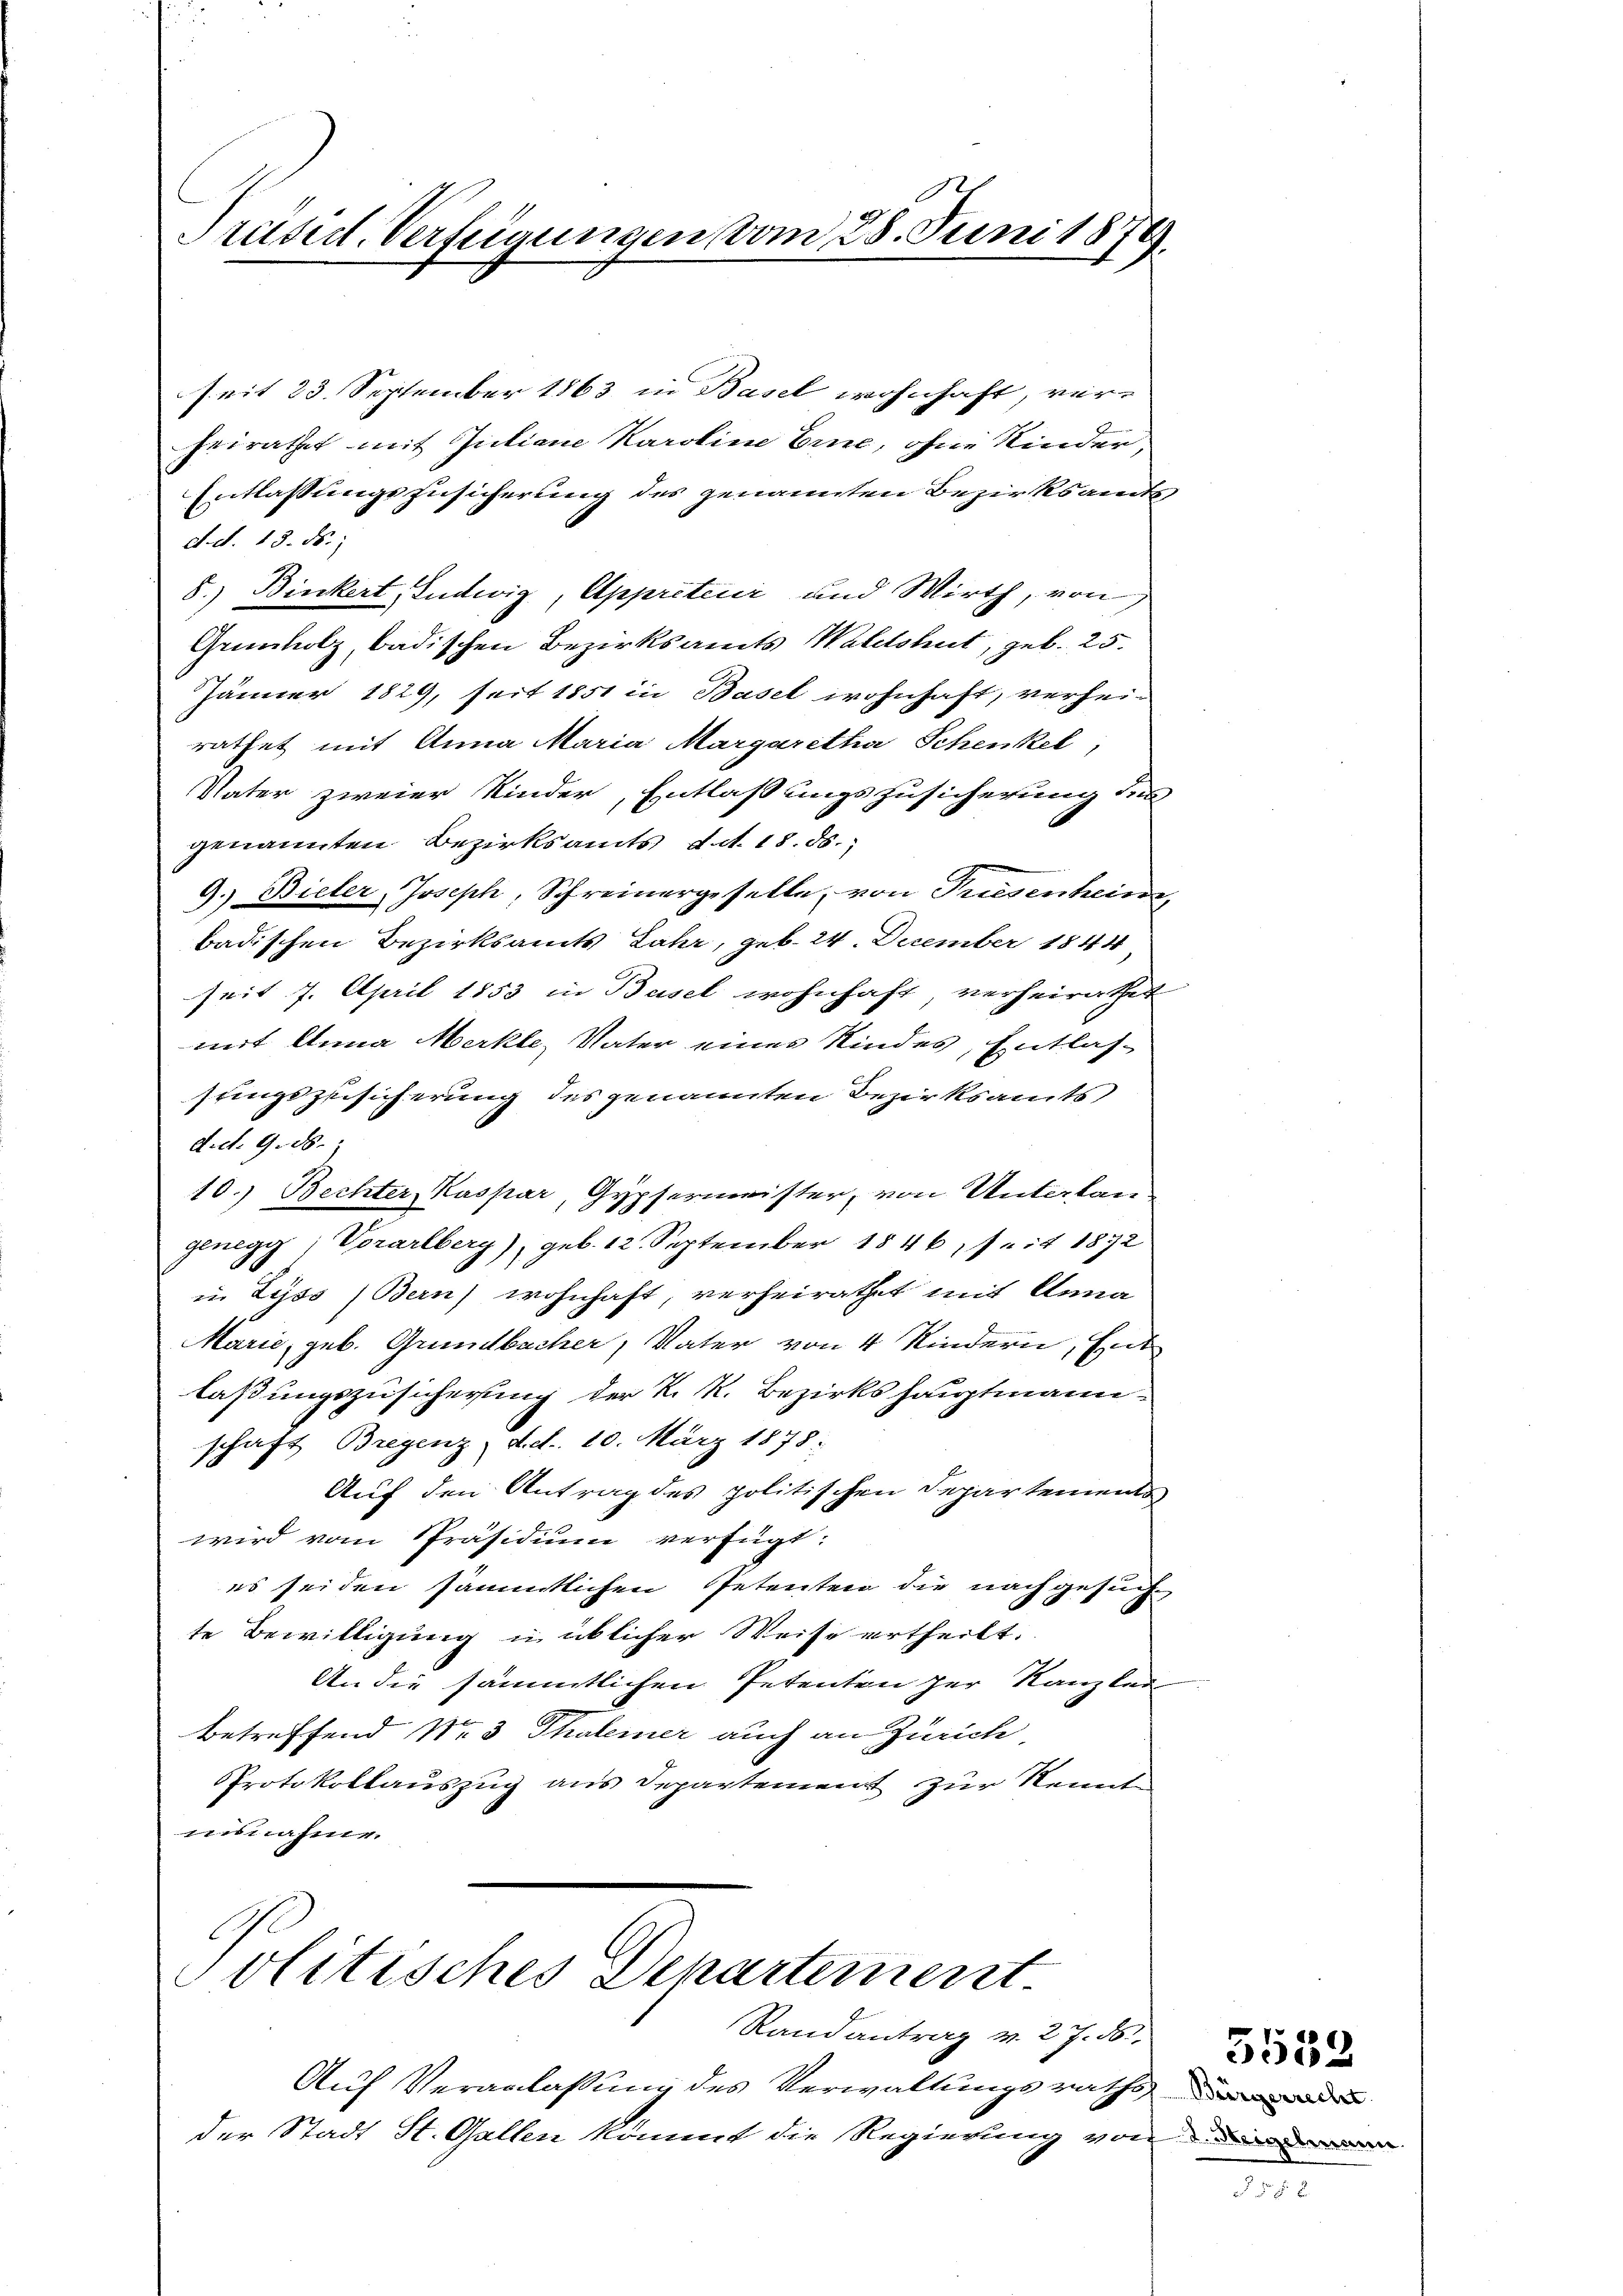
seit 23. September 1863 in Basel wohnhaft, ver-
heirathet mit Juliane Karoline Eine, ohne Kinder,
Entlassungszusicherung des genannten Bezirksamts
d. d. 13. ds.,
8.) Binkert, Ludwig, Appréteni und Wirth, von
Grmholz, badischen Bezirksamts Waldshut, geb. 25.
Jänner 1829, seit 1851 in Basel wohnhaft, verheirathet mit Anna Maria Margaretha Schenkel,
Vater zweier Kinder, Entlaßungszusicherung des
genannten Bezirksamts, d. d. 18. 85.
9.) Bieler, Joseph, Schreinergeselle, von Triesenhein
badischen Bezirksamts Jahr, geb. 24. December 1844
seit 7. April 1853 in Basel wohnhaft, verheirather
mit Anna Merkle, Vater eines Kindes, Entlas-
sungszusicherung des genannten Bezirksamts
d.d. 9. 28.
10.) Bechter, Kaspar, Gypsermeister, von Unterlangenegg, Vorarlberg), geb. 12. September 1846, seit 1872
in Lyss (Bern) wohnhaft, verheirathet mit Anna
Marie, geb. Grundbucher, Vater von 4 Kindern, Ent
laßungszusicherung der K. R. Bezirkshauptmann
schaft Bregenz, d. d. 10. März 1878;
Auf den Antrag des politischen Departementswird vom Präsidium verfügt:
es seiden sämmtlichen Petenten die nachgesuche
te Bewilligung in üblicher Weise ertheilt.
An die sämmtlichen Petenten der Kanzlei-
Betreffend No 3 Thalerer auch an Zürich
PProtokollauszug aus Departement zur Kennt
uisnahme.

D.
Präsid. Verfügungen vom 25. Juni 1879.

Politisches Departement
Randantrag v. 27. N
Auf Veranlaßung des Verwaltungsraths de
der Stadt St. Gallen kommt die Regierung von die

2

.